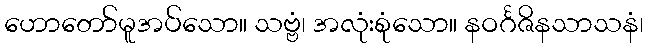
ဟောတော်မူအပ်သော။ သဗ္ဗံ၊ အလုံးစုံသော။ နဝင်္ဂဇိနသာသနံ၊